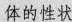
体的性状